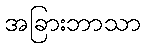
အခြားဘာသာ